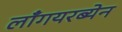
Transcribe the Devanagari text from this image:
लाँगयरब्येन